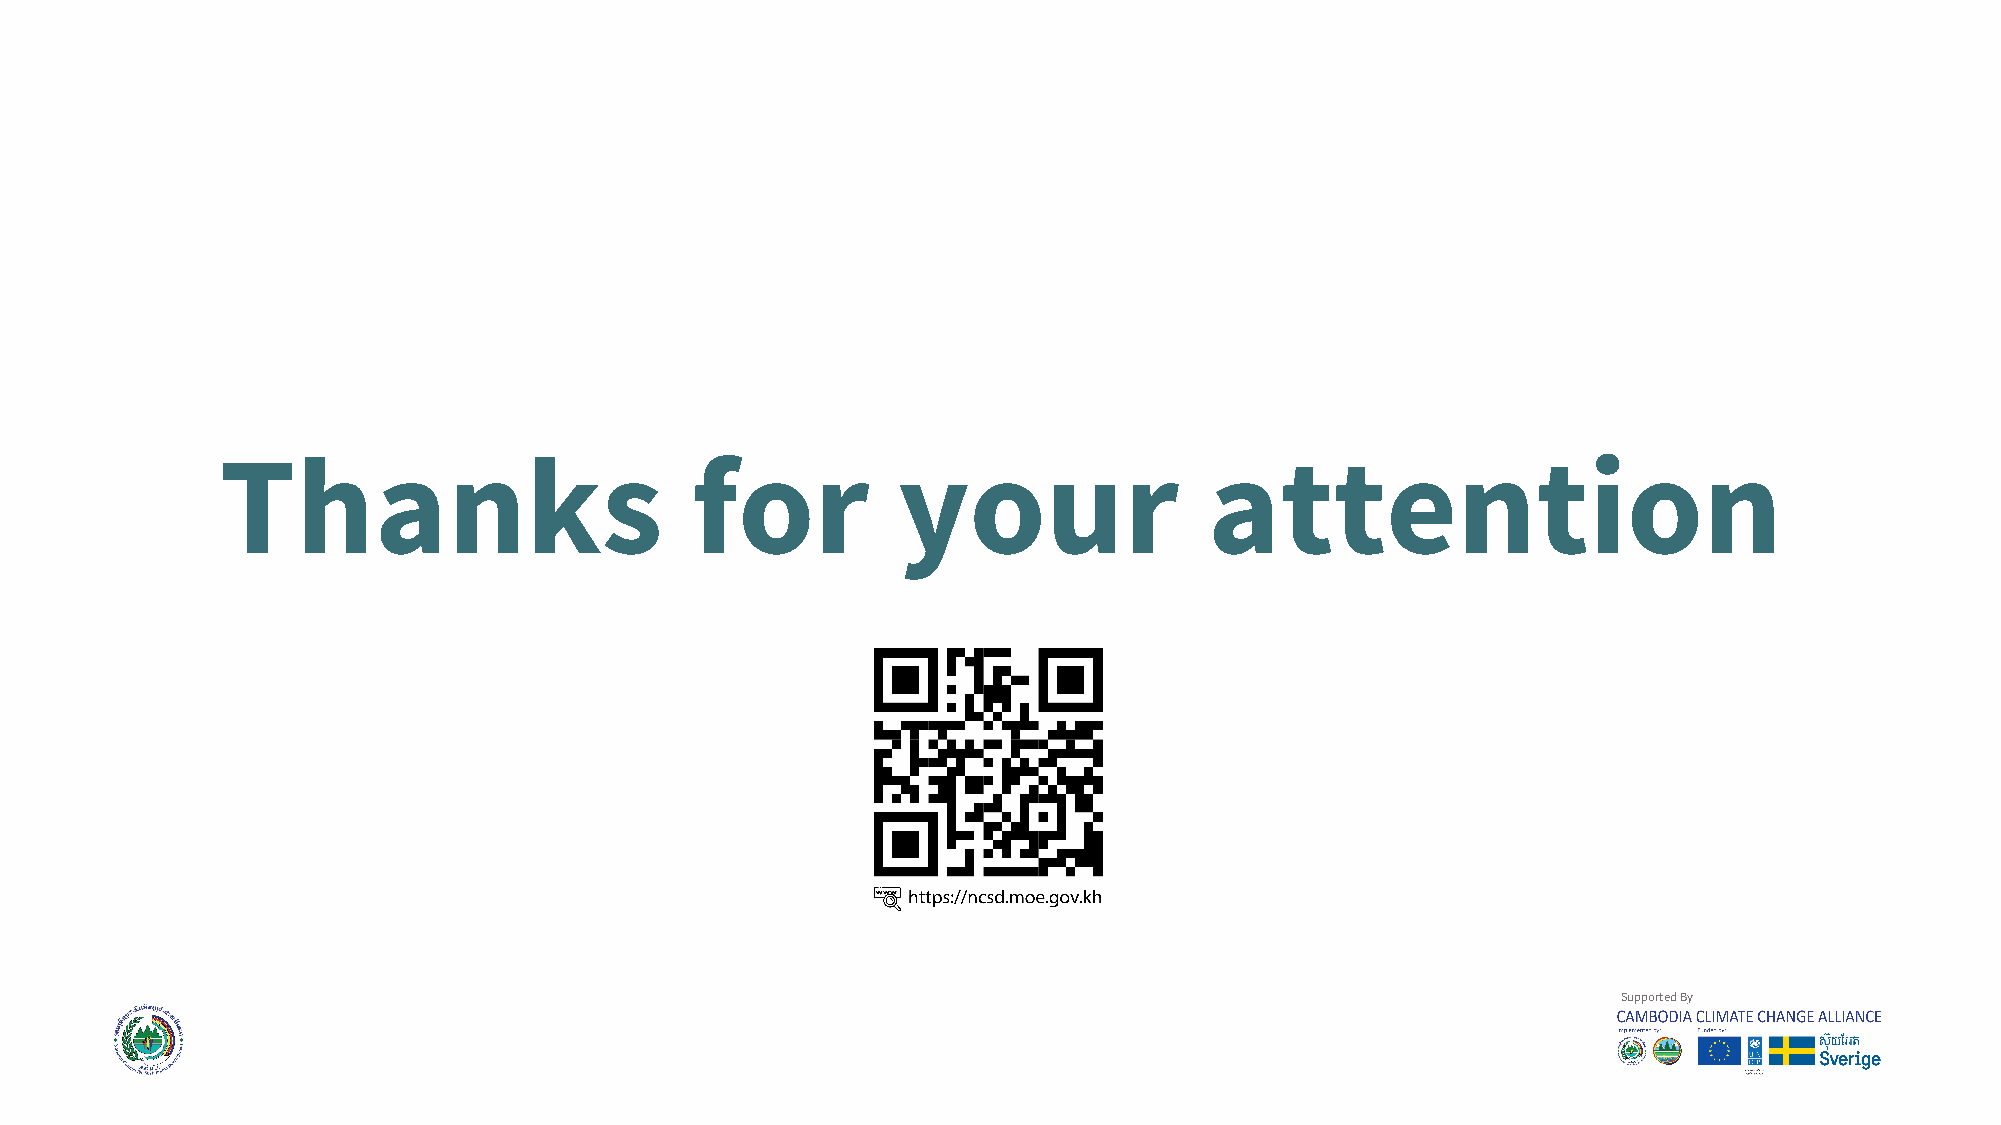
Thanks                          for          your                 attention
 SSuuppppoorrtteedd BByy